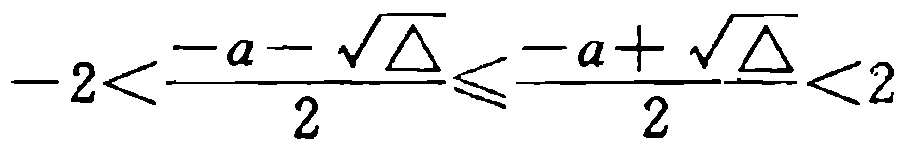
\(-2<\frac{-a - \sqrt{\Delta}}{2}\leqslant\frac{-a + \sqrt{\Delta}}{2}<2\)